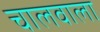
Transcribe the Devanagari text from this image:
चालवाला